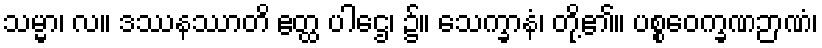
သမ္မာ၊ လ။ ဒဿနဿာတိ ဧတ္ထ ပါဌေ၊ ၌။ သေက္ခာနံ၊ တို့၏။ ပစ္စဝေက္ခဏဉာဏံ၊